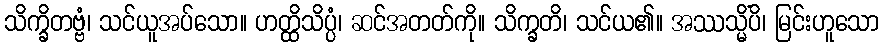
သိက္ခိတဗ္ဗံ၊ သင်ယူအပ်သော။ ဟတ္ထိသိပ္ပံ၊ ဆင်အတတ်ကို။ သိက္ခတိ၊ သင်ယ၏။ အဿသ္မိံပိ၊ မြင်းဟူသော